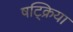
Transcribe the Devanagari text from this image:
षट्क्रिया